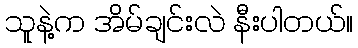
သူနဲ့က အိမ်ချင်းလဲ နီးပါတယ်။